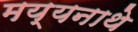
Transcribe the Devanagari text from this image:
मय्यनाथे